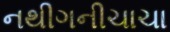
નથીગનીચાચા